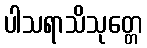
ပါသရာသိသုတ္တေ